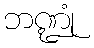
ဘဏ္ဍုံ